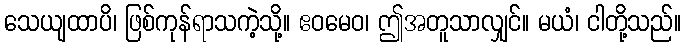
သေယျထာပိ၊ ဖြစ်ကုန်ရာသကဲ့သို့။ ဧဝမေဝ၊ ဤအတူသာလျှင်။ မယံ၊ ငါတို့သည်။